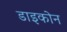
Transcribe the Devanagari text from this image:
डाइकोन